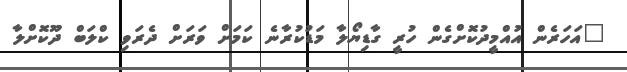
"އަހަރެން އުއްމީދުކޮށްގެން ހުރީ ގާޑިޔޯލާ މަޑުކުރާނެ ކަމަށް ވަރަށް ދެރަވި ކްލަބް ދޫކޮށްލާ